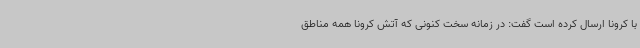
با کرونا ارسال کرده است گفت: در زمانه سخت کنونی که آتش کرونا همه مناطق